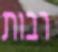
רבות